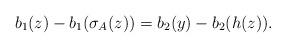
LaTeX: \begin{align*}b_1(z) - b_1(\sigma_A(z)) = b_2(y) - b_2(h(z)).\end{align*}